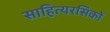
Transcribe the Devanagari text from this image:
साहित्यरसिकों